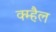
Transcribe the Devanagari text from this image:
क्म्हैल